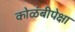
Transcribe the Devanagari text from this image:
कोळंबीपेक्षा